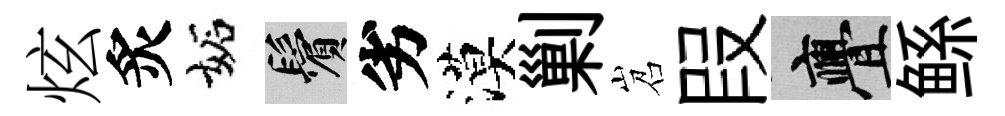
炫炙妬鬢劣漠剿岧叚亹鲧